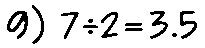
9) 7÷2=3.5